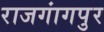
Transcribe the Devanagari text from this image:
राजगांगपुर